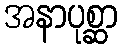
အနာပုစ္ဆာ